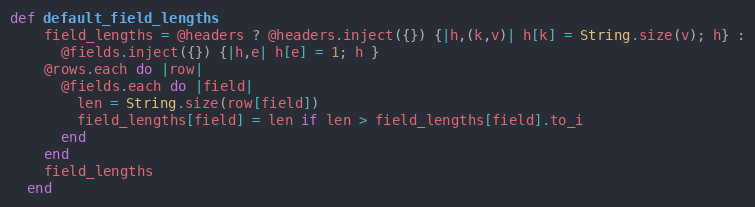
Language: Ruby
def default_field_lengths
    field_lengths = @headers ? @headers.inject({}) {|h,(k,v)| h[k] = String.size(v); h} :
      @fields.inject({}) {|h,e| h[e] = 1; h }
    @rows.each do |row|
      @fields.each do |field|
        len = String.size(row[field])
        field_lengths[field] = len if len > field_lengths[field].to_i
      end
    end
    field_lengths
  end